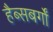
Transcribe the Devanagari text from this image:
हैब्सबर्गों